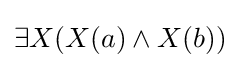
\exists X(X(a)\land X(b))